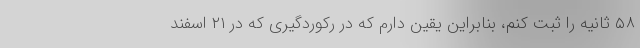
۵۸ ثانیه را ثبت کنم، بنابراین یقین دارم که در رکوردگیری که در ۲۱ اسفند